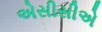
એસીસીએ